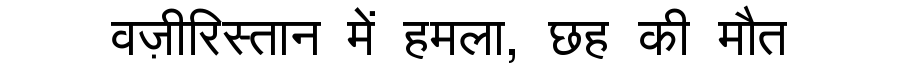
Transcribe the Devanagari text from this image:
वज़ीरिस्तान में हमला, छह की मौत